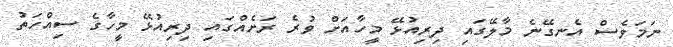
ނަމަވެސް އެނގޭނެ މާލޭގައި ދިރިއުޅޭ މީހާއަށް ވުރެ ރަށެއްގައި ދިރިއުޅޭ މީހާގެ ސިއްހަތު